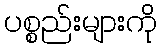
ပစ္စည်းများကို